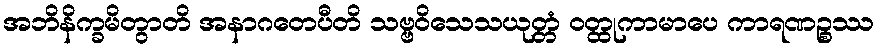
အဘိနိက္ခမိတွာတိ အနာဂတေပီတိ သဗ္ဗဝိသေသယုတ္တံ ဝတ္ထုကာမာပေ ကာရဏဉ္စဿ